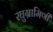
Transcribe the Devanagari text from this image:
रघुग्रामिणी